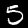
Label: 5